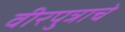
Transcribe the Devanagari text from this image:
वीरपुत्राचे